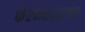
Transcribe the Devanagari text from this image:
फॅरनहाइटचा